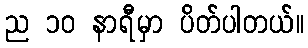
ည ၁၀ နာရီမှာ ပိတ်ပါတယ်။